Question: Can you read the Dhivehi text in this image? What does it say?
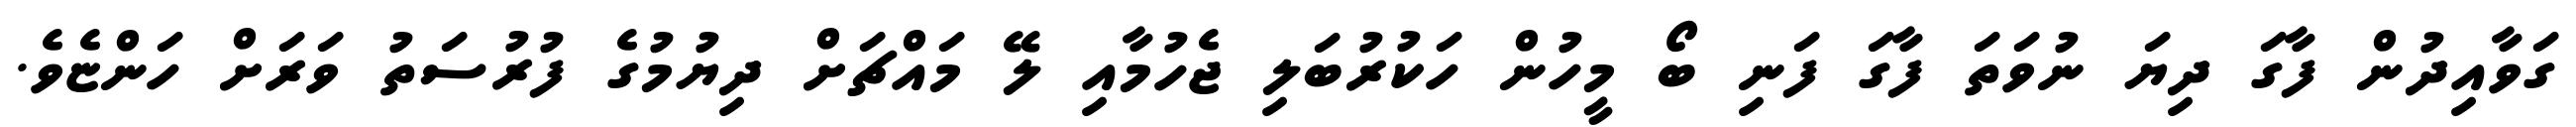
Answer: ގަވާއިދުން ފާގަ ދިޔަ ނުވަތަ ފާގަ ފަނި ބޯ މީހުން ހަކުރުބަލި ޖެހުމާއި ލޭ މައްޗަށް ދިޔުމުގެ ފުރުސަތު ވަރަށް ހަންޏެވެ.